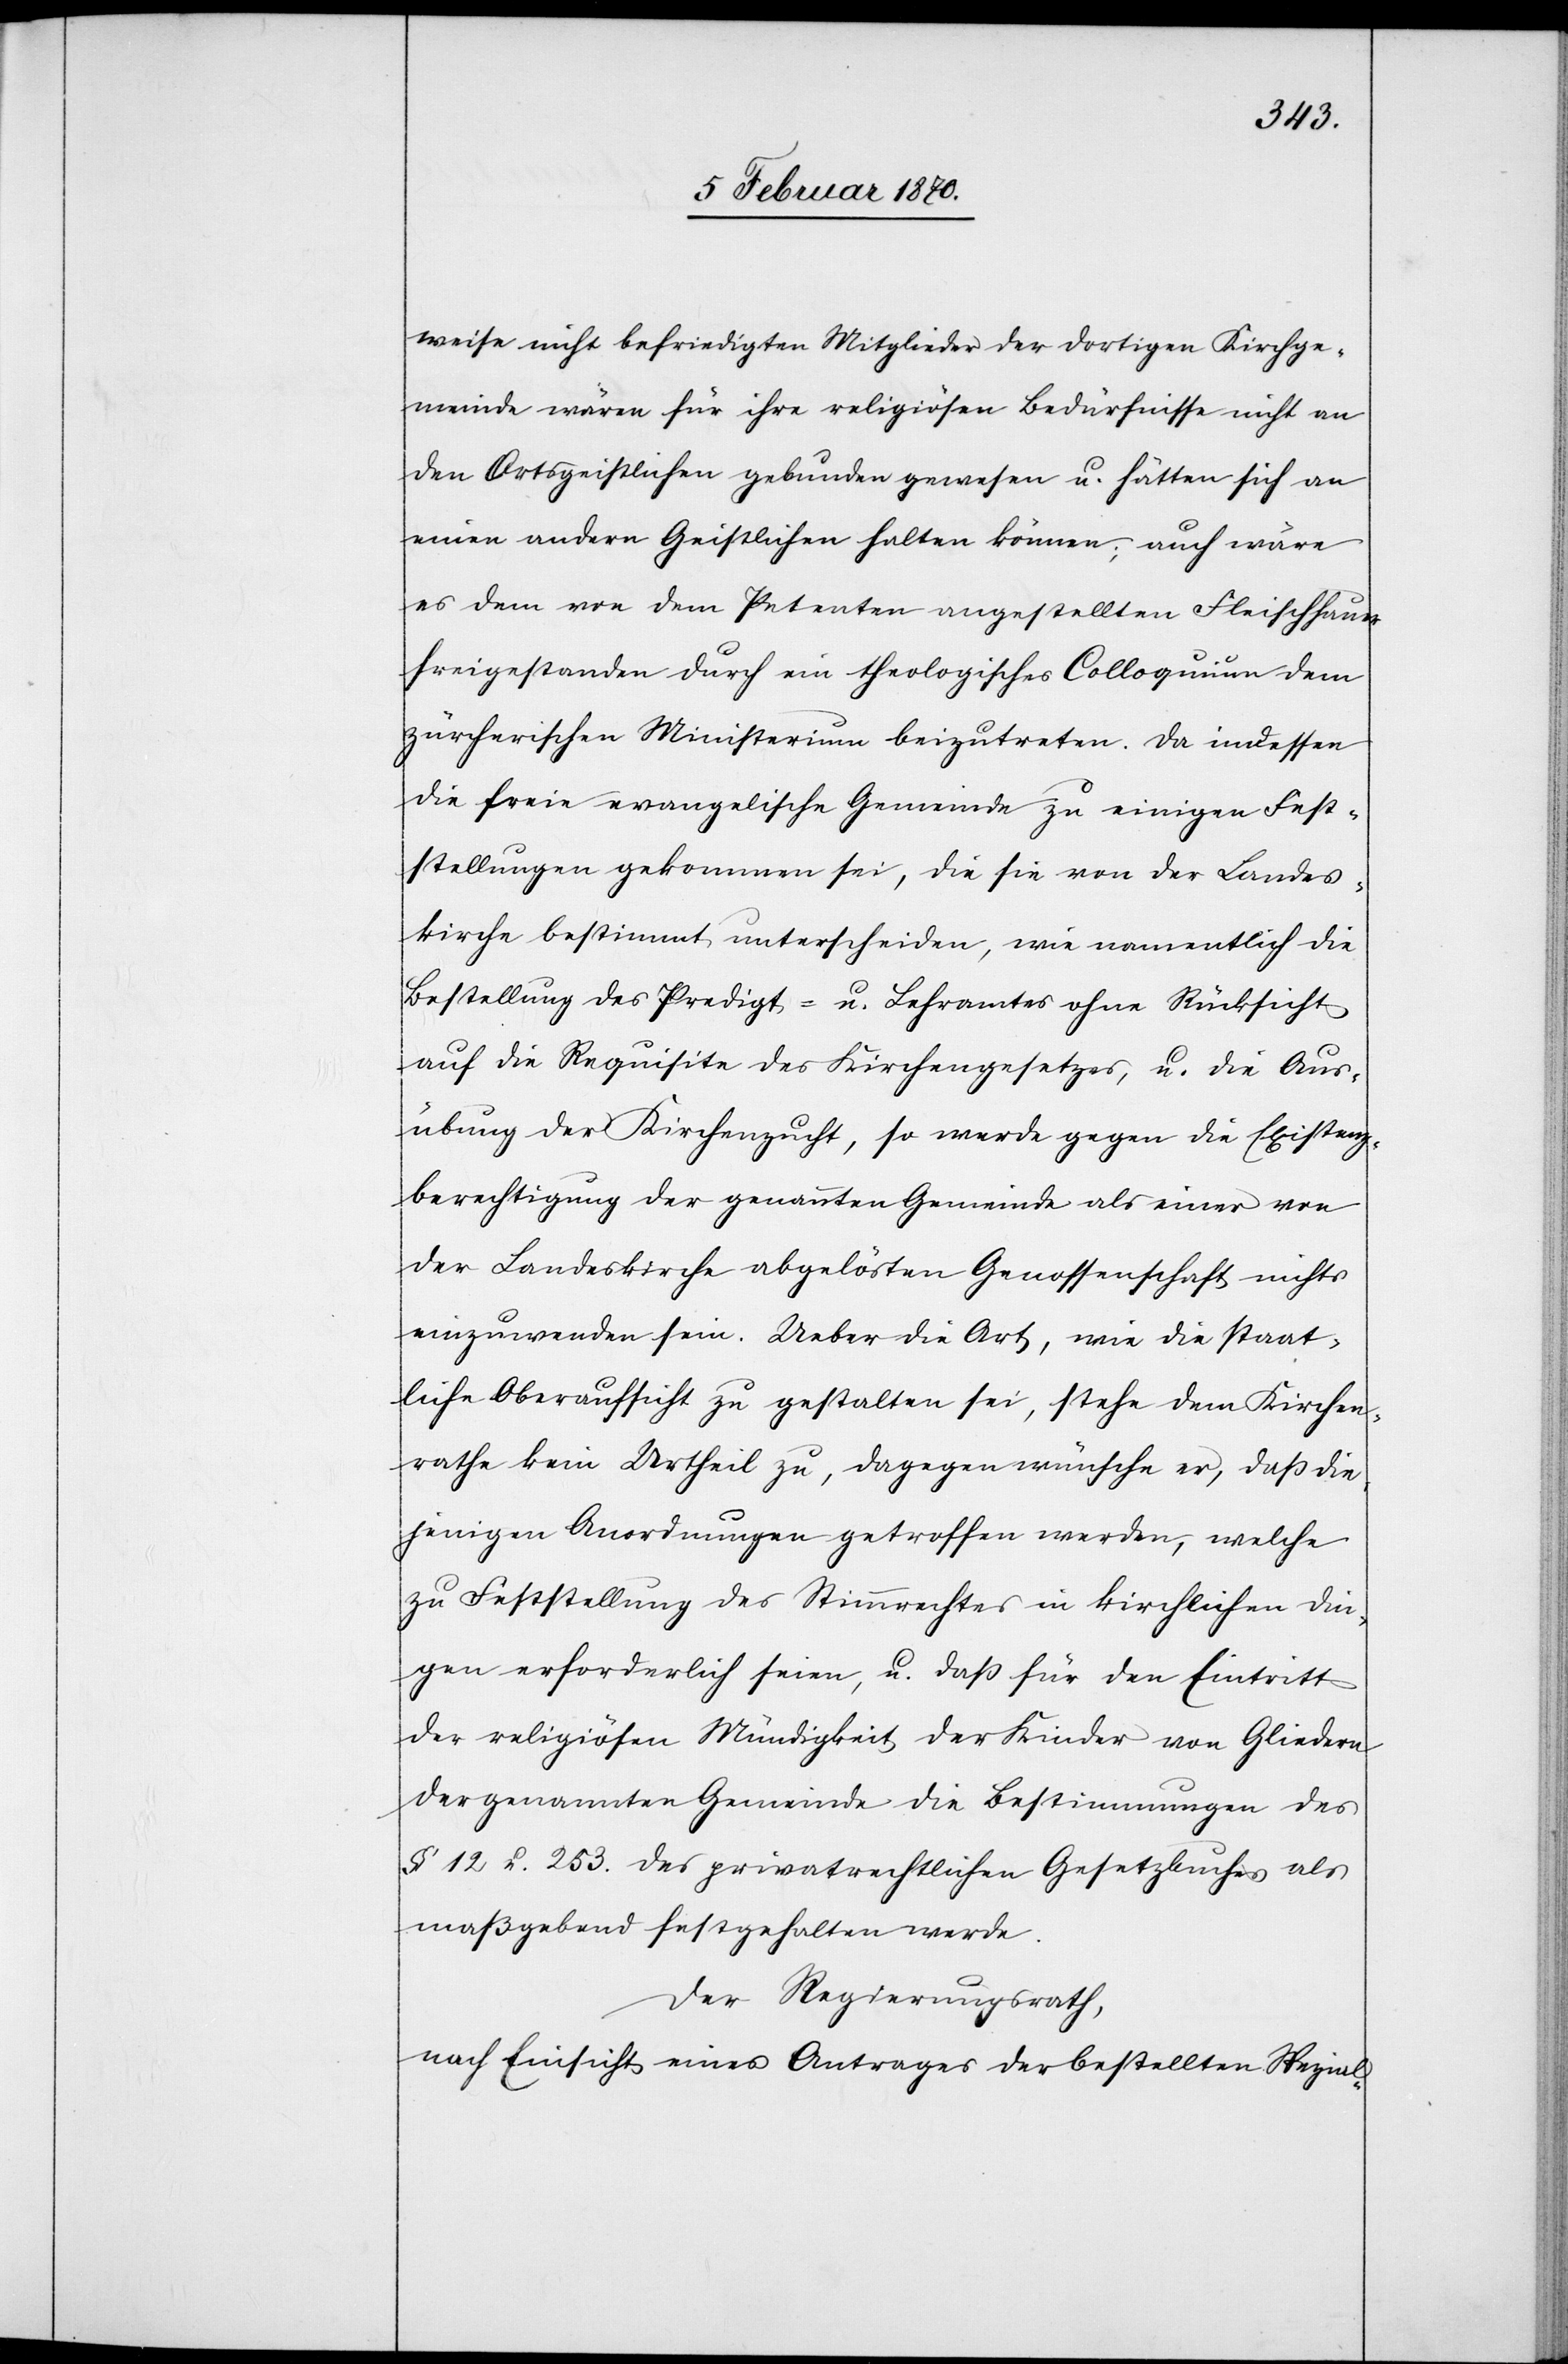
weise nicht befriedigten Mitglieder der dortigen Kirchge¬
meinde wären für ihre religiösen Bedürfnisse nicht an
den Ortsgeistlichen gebunden gewesen u. hätten sich an
einen andern Geistlichen halten können; auch wäre
es dem von dem Petenten angestellten Fleischhauer
freigestanden durch ein theologisches Colloquium dem
zürcherischen Ministerium beizutreten. Da indessen
die freie evangelische Gemeinde zu einigen Fest¬
stellungen gekommen sei, die sie von der Landes¬
kirche bestimmt unterscheiden, wie namentlich die
Bestellung des Predigt- u. Lehramtes ohne Rücksicht
auf die Requisite des Kirchengesetzes, u. die Aus¬
übung der Kirchenzucht, so werde gegen die Existenz¬
berechtigung der genannten Gemeinde als einer von
der Landeskirche abgelösten Genossenschaft nichts
einzuwenden sein. Ueber die Art, wie die staat¬
liche Oberaufsicht zu gestalten sei, stehe dem Kirchen¬
rathe kein Urtheil zu, dagegen wünsche er, daß die¬
jenigen Anordnungen getroffen werden, welche
zu Feststellung des Stimmrechtes in kirchlichen Din¬
gen erforderlich seien, u. daß für den Eintritt
der religiösen Mündigkeit der Kinder von Gliedern
der genannten Gemeinde die Bestimmungen des
§ 12 u. 253. des privatrechtlichen Gesetzbuches als
maßgebend festgehalten werde.
Der Regierungsrath,
nach Einsicht eines Antrages der bestellten Spezial-